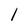
Character: l